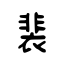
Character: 裴